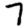
Digit: 7